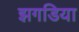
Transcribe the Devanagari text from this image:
झगडिया